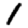
Digit: 1